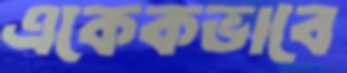
একেকভাবে